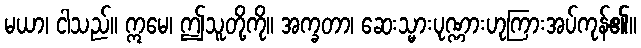
မယာ၊ ငါသည်။ ဣမေ၊ ဤသူတို့ကို။ အက္ခတာ၊ ဆေးသ္မားပုဏ္ဏားဟုကြားအပ်ကုန်၏။